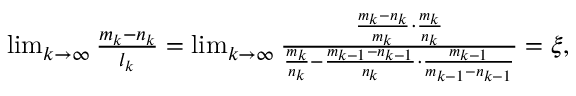
\begin{array} { r } { \operatorname* { l i m } _ { k \to \infty } \frac { m _ { k } - n _ { k } } { l _ { k } } = \operatorname* { l i m } _ { k \to \infty } \frac { \frac { m _ { k } - n _ { k } } { m _ { k } } \cdot \frac { m _ { k } } { n _ { k } } } { \frac { m _ { k } } { n _ { k } } - \frac { m _ { k - 1 } - n _ { k - 1 } } { n _ { k } } \cdot \frac { m _ { k - 1 } } { m _ { k - 1 } - n _ { k - 1 } } } = \xi , } \end{array}